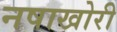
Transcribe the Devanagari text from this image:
नषाखोरी